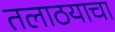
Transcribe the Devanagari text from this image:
तलाठयाचा